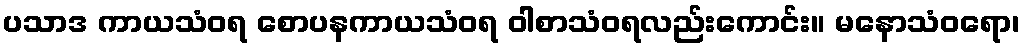
ပသာဒ ကာယသံဝရ စောပနကာယသံဝရ ဝါစာသံဝရလည်းကောင်း။ မနောသံဝရော၊